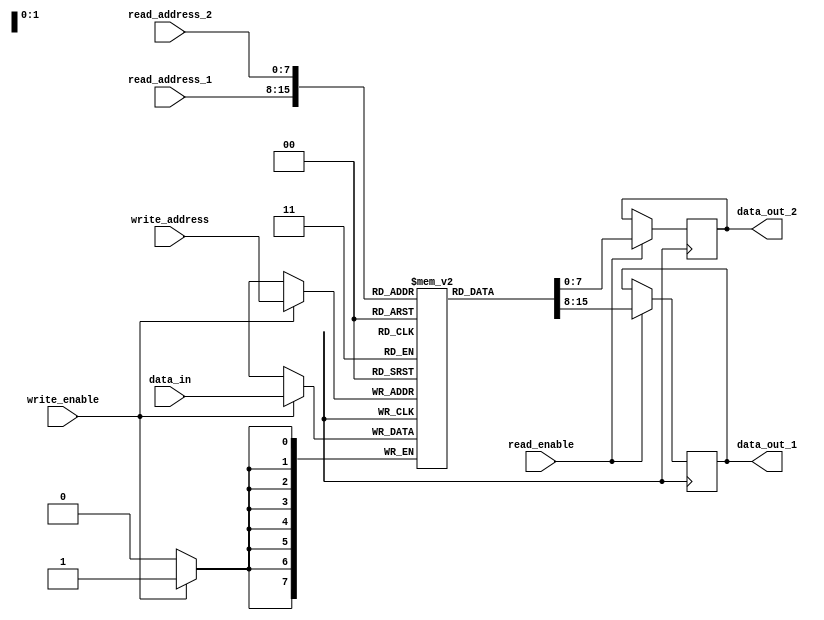
module register_file (
    input [7:0] read_address_1,
    input [7:0] read_address_2,
    input [7:0] write_address,
    input [7:0] data_in,
    input write_enable,
    input read_enable,
    output reg [7:0] data_out_1,
    output reg [7:0] data_out_2
);

reg [7:0] memory [0:255];

always @ (posedge clock) begin
    if (write_enable) begin
        memory[write_address] <= data_in;
    end

    if (read_enable) begin
        data_out_1 <= memory[read_address_1];
        data_out_2 <= memory[read_address_2];
    end
end

endmodule